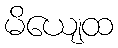
မိယျေထ